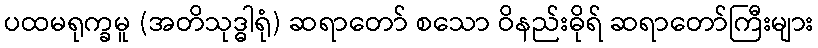
ပထမရုက္ခမူ (အတိသုဒ္ဓါရုံ) ဆရာတော် စသော ဝိနည်းဓိုရ် ဆရာတော်ကြီးများ